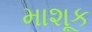
માશૂક